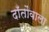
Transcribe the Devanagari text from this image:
दाँतोंवाला